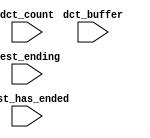
module sopc_system_nios2_qsys_0_oci_test_bench (
                                                 // inputs:
                                                  dct_buffer,
                                                  dct_count,
                                                  test_ending,
                                                  test_has_ended
                                               )
;

  input   [ 29: 0] dct_buffer;
  input   [  3: 0] dct_count;
  input            test_ending;
  input            test_has_ended;


endmodule